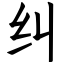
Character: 纠